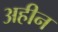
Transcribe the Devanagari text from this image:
अहीन